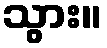
သွား။